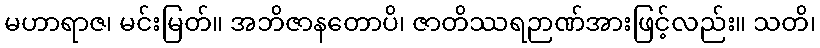
မဟာရာဇ၊ မင်းမြတ်။ အဘိဇာနတောပိ၊ ဇာတိဿရဉာဏ်အားဖြင့်လည်း။ သတိ၊